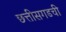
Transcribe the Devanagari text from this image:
छत्तीसगडची